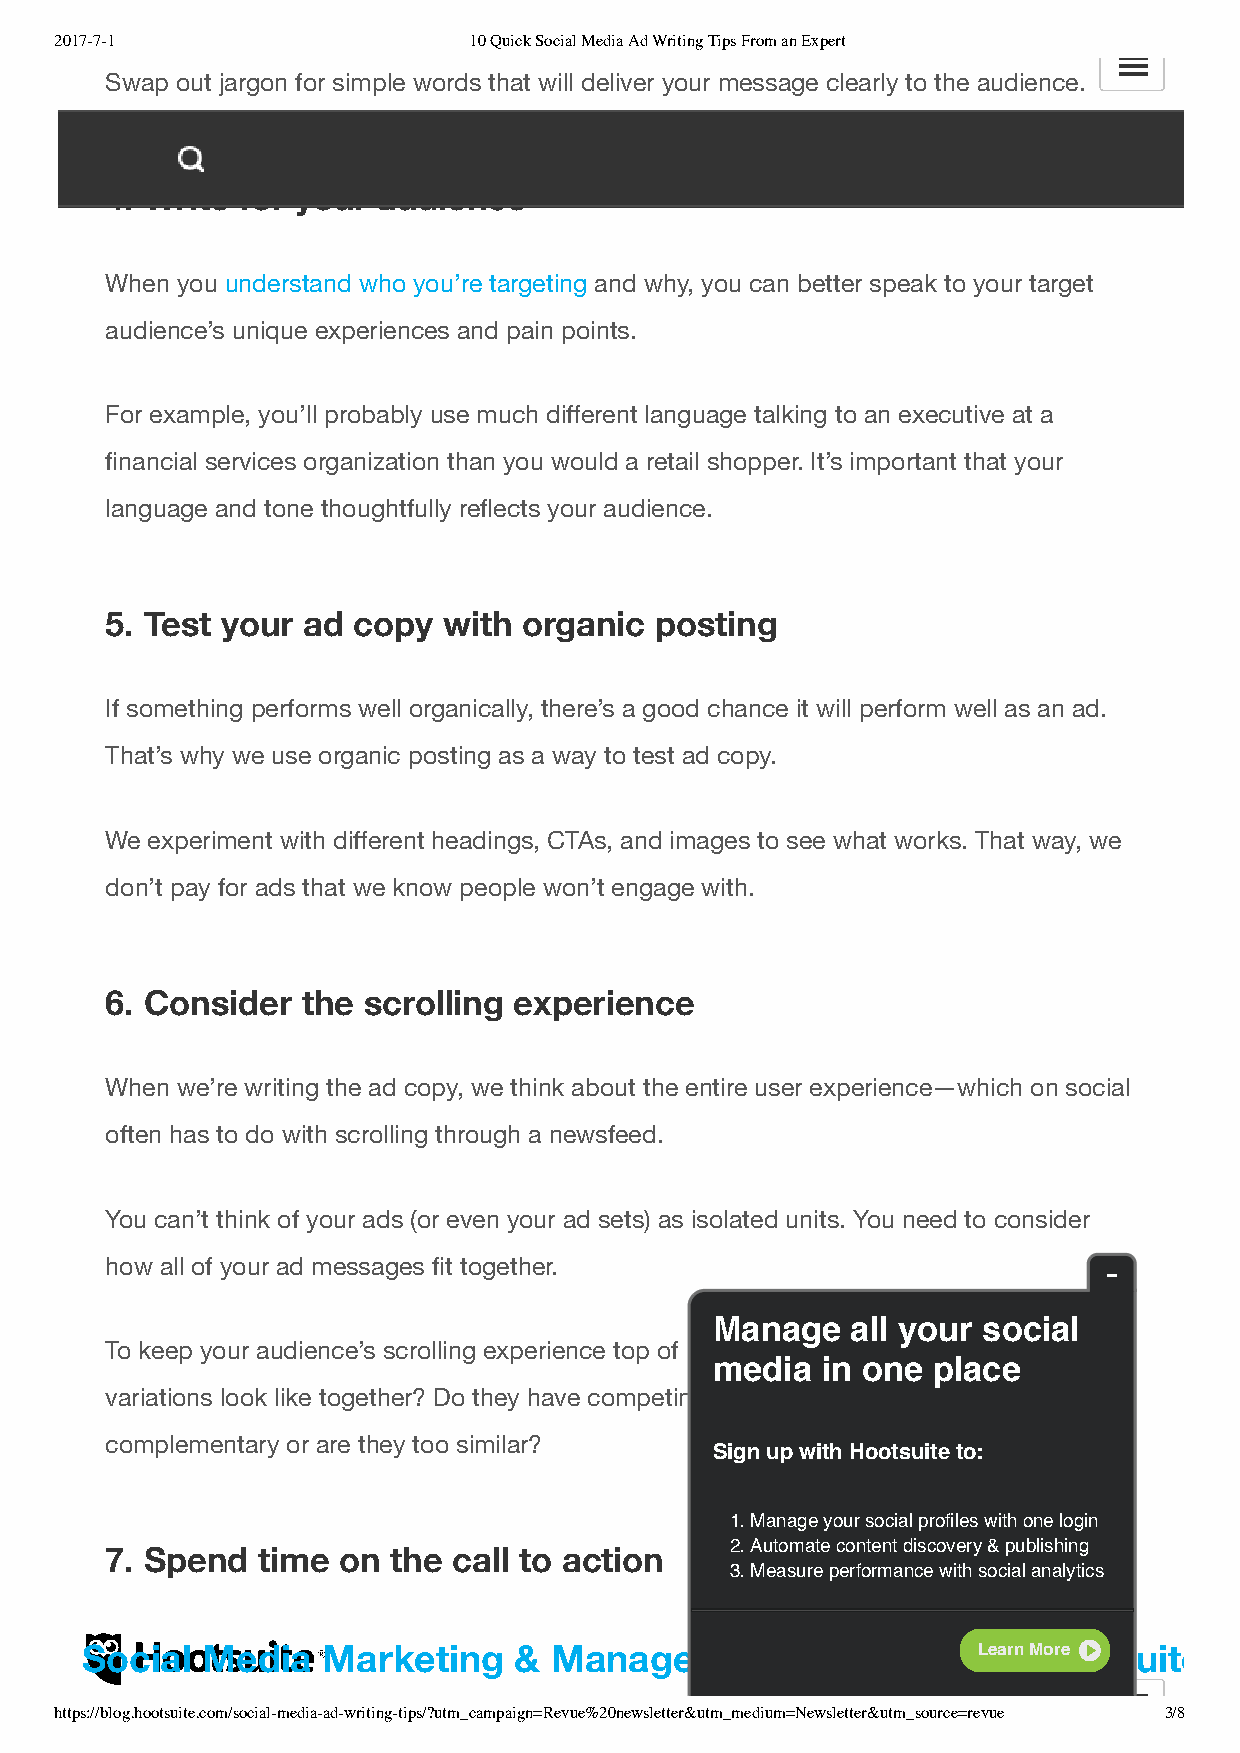
2017-7-1                   10 Quick Social Media Ad Writing Tips From an Expert
 Swap out jargon for simple words that will deliver your message clearly to the audience.
 4. Write for your audience
 When you understand who you’re targeting and why, you can better speak to your target
 audience’s unique experiences and pain points.
 For example, you’ll probably use much different language talking to an executive at a
 financial services organization than you would a retail shopper. It’s important that your
 language and tone thoughtfully reflects your audience.
 5. Test your ad copy  with  organic posting
 If something performs well organically, there’s a good chance it will perform well as an ad.
 That’s why we use organic posting as a way to test ad copy.
 We experiment with different headings, CTAs, and images to see what works. That way, we
 don’t pay for ads that we know people won’t engage with.
 6. Consider  the scrolling experience
 When we’re writing the ad copy, we think about the entire user experience—which on social
 often has to do with scrolling through a newsfeed.
 You can’t think of your ads (or even your ad sets) as isolated units. You need to consider
 how all of your ad messages fit together.
 Manage   all your social
 To keep your audience’s scrolling experience top of mind, ask yourself: what do different ad
 media  in one  place
 variations look like together? Do they have competing messages? Are the images
 complementary or are they too similar?
 Sign up with Hootsuite to:
 1. Manage your social profiles with one login
 2. Automate content discovery & publishing
 7. Spend  time on  the call to action
 3. Measure performance with social analytics
 Social  Media   Marketing    & Management       DashboardLe  a-rn HMoroe otsuite
 https://blog.hootsuite.com/social-media-ad-writing-tips/?utm_campaign=Revue%20newsletter&utm_medium=Newsletter&utm_source=revue 3/8